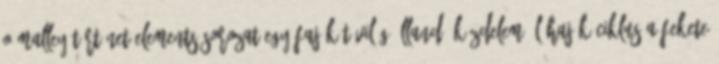
O'Malley-történet Elements-sorozat Egy faj-két világ-állandó küzdelem Élőhajók-ciklus A Fekete